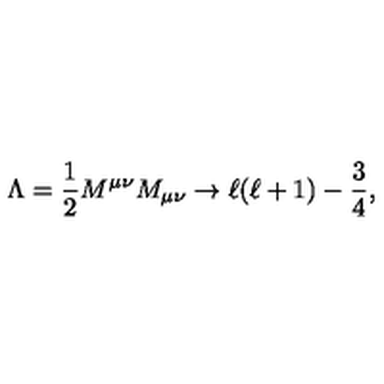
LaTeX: \Lambda = { \frac { 1 } { 2 } } M ^ { \mu \nu } M _ { \mu \nu } \rightarrow \ell ( \ell + 1 ) - { \frac { 3 } { 4 } } ,